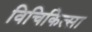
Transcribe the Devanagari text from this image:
विचिकित्सा